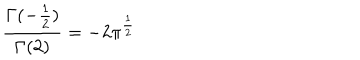
LaTeX: \frac { \Gamma ( - \frac { 1 } { 2 } ) } { \Gamma ( 2 ) } = - 2 \pi ^ { \frac { 1 } { 2 } }